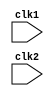
module pipe_MIPS32(clk1 , clk2);

    input clk1,clk2;

    reg [31:0] PC, IF_ID_IR, IF_ID_NPC; 
    reg [31:0] ID_EX_IR, ID_EX_NPC, ID_EX_A, ID_EX_B, ID_EX_Imm,ID_EX_Imm1; 
    reg [31:0] EX_MEM_IR, EX_MEM_ALUOut, EX_MEM_B,EX_WB_NPC; 
    reg EX_MEM_cond;
    reg [31:0] MEM_WB_IR, MEM_WB_ALUOut, MEM_WB_LMD; 

    reg [2:0] ID_EX_type, EX_MEM_type, MEM_WB_type; //for recognizing type of microinstructions in each stage
     
    reg [31:0] Reg [0:31]; 
    reg [31:0] Mem [0:1023]; 

    parameter ADD=6'b000000, SUB=6'b000001, AND=6'b000010, OR=6'b000011, SLT=6'b000100,
    MUL=6'b000101,XOR = 6'b000110, HLT=6'b111111, LW=6'b001000, SW=6'b001001,  ADDI=6'b001010, SUBI=6'b001011,SLTI=6'b001100, 
    BNEQZ=6'b001101, BEQZ=6'b001110, BEQ = 6'b001111,BNQ = 6'b010000,JL = 6'b111101 ,JR = 6'b111100;

    parameter RR_ALU=3'b000, RM_ALU=3'b001, LOAD=3'b010, STORE=3'b011, 
    BRANCH=3'b100, HALT=3'b101,JMP = 3'b110,JRR = 3'b111;

    reg HALTED;
    reg TAKEN_BRANCH;

     //IF Stage
 
    always@(posedge clk1)
    begin
        if(HALTED==0)
        begin 
    
            if(((EX_MEM_IR[31:26]) == BNEQZ && (EX_MEM_cond))
            ||((EX_MEM_IR[31:26]) == BEQZ && (EX_MEM_cond)) || ((EX_MEM_IR[31:26]) == BEQ && (EX_MEM_cond))
             || ((EX_MEM_IR[31:26]) == BNQ && (EX_MEM_cond)) || EX_MEM_IR[31:26] == JL)
            begin
    
                IF_ID_IR <=  Mem[EX_MEM_ALUOut];
                TAKEN_BRANCH <=  1'b1;
                IF_ID_NPC <=  EX_MEM_ALUOut+1;
                PC <=  EX_MEM_ALUOut +1;
    
            end
            
            else if(EX_MEM_IR[31:26] == JR)
            begin
                IF_ID_IR <=  Mem[Reg[31]];
                TAKEN_BRANCH = 1'b0;
                IF_ID_NPC <=  Mem[Reg[31]];
                PC <=  Mem[Reg[31]];
            end

            else
            begin 
                IF_ID_IR <=  Mem[PC];
                IF_ID_NPC <= PC+1;
                PC <=  PC +1;
            end
        end
    end

    
//ID Stage

    always@(posedge clk2) 
    begin
        if(HALTED ==0)
        begin 
            if(IF_ID_IR[25:21] == 5'b00000) ID_EX_A <= 0;
            else ID_EX_A <=  Reg[IF_ID_IR[25:21]];
            
            if(IF_ID_IR[20:16] == 5'b00000) ID_EX_B <= 0;
            else ID_EX_B <=  Reg[IF_ID_IR[20:16]];
            
            ID_EX_NPC <=  IF_ID_NPC; 
            ID_EX_IR <=  IF_ID_IR; 
            ID_EX_Imm <=  {{16{IF_ID_IR[15]}}, {IF_ID_IR[15:0]}};
            ID_EX_Imm1 <=  { {4'b0000},{IF_ID_IR[25:0]},{2'b00}};
            
            case (IF_ID_IR[31:26]) 
            
                ADD,SUB,AND,OR,SLT,MUL: ID_EX_type <= RR_ALU; 
                ADDI,SUBI,SLTI: ID_EX_type <=  RM_ALU; 
                LW: ID_EX_type <=  LOAD; 
                SW: ID_EX_type <=  STORE; 
                BNEQZ,BEQZ: ID_EX_type <=  BRANCH; 
                HLT: ID_EX_type <= HALT; 
                JL:ID_EX_type <= JMP; 
                JR :ID_EX_type <= JRR;
                default: ID_EX_type <=  HALT; 
            
            endcase
            
        end
    end

    //Exe Stage
    always@(posedge clk1)
    begin 
        if(HALTED==0)
        begin 
            EX_MEM_type <=  ID_EX_type; 
            EX_MEM_IR <=  ID_EX_IR; 
            TAKEN_BRANCH <=  0; 
            
            case (ID_EX_type) 
                RR_ALU: begin 
                    case (ID_EX_IR[31:26])  
                        ADD: EX_MEM_ALUOut <=  ID_EX_A + ID_EX_B; 
                        SUB: EX_MEM_ALUOut <=  ID_EX_A - ID_EX_B; 
                        AND: EX_MEM_ALUOut <=  ID_EX_A & ID_EX_B; 
                        OR: EX_MEM_ALUOut <=  ID_EX_A | ID_EX_B; 
                        XOR:  EX_MEM_ALUOut <=  ID_EX_A ^ ID_EX_B; 
                        SLT: EX_MEM_ALUOut <=  ID_EX_A < ID_EX_B; 
                        MUL: EX_MEM_ALUOut <=  ID_EX_A * ID_EX_B; 
                        default: EX_MEM_ALUOut <=  32'hxxxxxxxx; 
                    endcase
                end
                
                RM_ALU: begin 
                    case (ID_EX_IR[31:26])
                        ADDI: EX_MEM_ALUOut <=  ID_EX_A + ID_EX_Imm; 
                        SUBI: EX_MEM_ALUOut <=  ID_EX_A - ID_EX_Imm; 
                        SLTI: EX_MEM_ALUOut <=  ID_EX_A < ID_EX_Imm; 
                        default: EX_MEM_ALUOut <=  32'hxxxxxxxx; 
                    endcase
                end
                
                LOAD, STORE: 
                begin 
                    EX_MEM_ALUOut <=  ID_EX_A + ID_EX_Imm; 
                    EX_MEM_B <=  ID_EX_B; 
                end
                
                BRANCH: begin 
                    EX_MEM_ALUOut <=  ID_EX_NPC + ID_EX_Imm; 
                    case(ID_EX_IR[31:26])
                       BEQZ: EX_MEM_cond <=  (ID_EX_A == 0); 
                       BNEQZ:EX_MEM_cond <= (ID_EX_A!=0);
                       BEQ : EX_MEM_cond <= (ID_EX_A==ID_EX_B);
                       BNQ:EX_MEM_cond <=(ID_EX_A!=ID_EX_B);
                    endcase
                    end
                JMP:begin
                    EX_MEM_ALUOut <= {{PC[31:28]},{ID_EX_Imm1[27:0]}}; 

                end
                JR : begin 
                    EX_WB_NPC <= ID_EX_NPC;
                end

            endcase
        end
    end

    
    // MEM Stage 
    always @(posedge clk2) 
    begin
        if (HALTED == 0) 
        begin 
            MEM_WB_type <= EX_MEM_type; 
            MEM_WB_IR <=  EX_MEM_IR; 
            
            case (EX_MEM_type) 
                RR_ALU, RM_ALU: MEM_WB_ALUOut <=  EX_MEM_ALUOut; 
                LOAD: MEM_WB_LMD <=  Mem[EX_MEM_ALUOut]; 
                STORE:
                    if (TAKEN_BRANCH == 0) 
                    Mem[EX_MEM_ALUOut] <=  EX_MEM_B; 
                JRR:
                    MEM_WB_ALUOut<= EX_WB_NPC;
            endcase
        end
    end

    // WB Stage
 
    always @(posedge clk1)
    begin 
        if (TAKEN_BRANCH == 0) 
            case (MEM_WB_type) 
                RR_ALU: Reg[MEM_WB_IR[15:11]] <=  MEM_WB_ALUOut; 
                RM_ALU: Reg[MEM_WB_IR[20:16]] <=  MEM_WB_ALUOut; 
                LOAD: Reg[MEM_WB_IR[20:16]] <=  MEM_WB_LMD; 
                HALT: HALTED <=  1'b1; 
                JRR:Reg[31] <= MEM_WB_ALUOut;
            endcase
    end 
endmodule